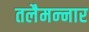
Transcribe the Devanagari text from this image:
तलैमन्‍नार